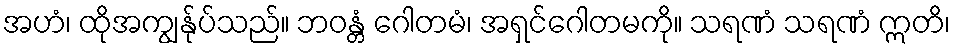
အဟံ၊ ထိုအကျွန်ုပ်သည်။ ဘဝန္တံ ဂေါတမံ၊ အရှင်ဂေါတမကို။ သရဏံ သရဏံ ဣတိ၊